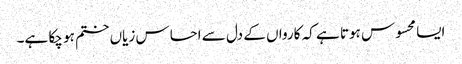
ایسا محسوس ہوتا ہے کہ کارواں کے دل سے احساس زیاں ختم ہو چکا ہے۔